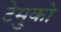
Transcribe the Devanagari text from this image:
टेमुको